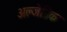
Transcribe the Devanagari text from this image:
अल्जेब्रिक